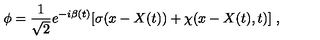
\phi = \frac 1 { \sqrt { 2 } } e ^ { - i \beta ( t ) } [ \sigma ( x - X ( t ) ) + \chi ( x - X ( t ) , t ) ] \ ,